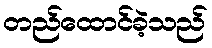
တည်ထောင်ခဲ့သည်